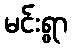
မင်းရွာ